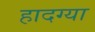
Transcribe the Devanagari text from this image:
हादग्या